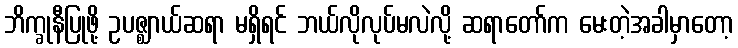
ဘိက္ခုနီပြုဖို့ ဥပဇ္ဈာယ်ဆရာ မရှိရင် ဘယ်လိုလုပ်မလဲလို့ ဆရာတော်က မေးတဲ့အခါမှာတော့